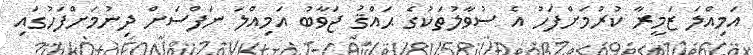
އަމިއްލަ ޒަމީރާ ކުރުމަށްފަހު އެ ސުވާލުތަކުގެ ޙައްޤު ޖަވާބު އަމިއްލަ ނަފްސަށް ދިނުމަށްފަހުގައި